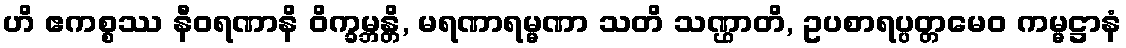
ဟိ ဧကစ္စဿ နီဝရဏာနိ ဝိက္ခမ္ဘန္တိ, မရဏာရမ္မဏာ သတိ သဏ္ဌာတိ, ဥပစာရပ္ပတ္တမေဝ ကမ္မဋ္ဌာနံ